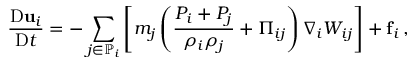
\frac { \mathrm { D } \mathbf { u } _ { i } } { \mathrm { D } t } = - \sum _ { j \in \mathbb { P } _ { i } } \left[ m _ { j } \left( \frac { P _ { i } + P _ { j } } { \rho _ { i } \rho _ { j } } + \Pi _ { i j } \right) \nabla _ { i } W _ { i j } \right] + \mathbf { f } _ { i } \, ,